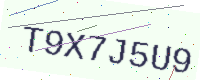
Text: T9X7J5U9